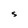
Character: S